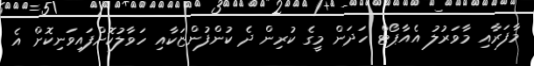
މާފަރާއި މާވަރުލު އެއާޕޯޓް ހަދަން މީގެ ކުރިން ދެ ކުންފުންޏަކާއި ހަވާލުކޮށްފައިވަނިކޮށް އެ